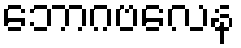
ဘောဂဗလေန